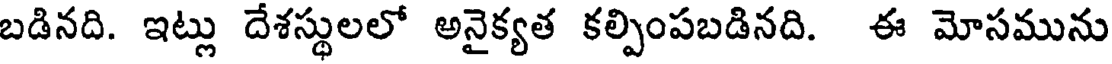
బడినది. ఇట్లు దేశస్థులలో అనైక్యత కల్పింపబడినది. ఈ మోసమును